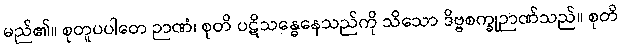
မည်၏။ စုတူပပါတေ ဉာဏံ၊ စုတိ ပဋိသန္ဓေနေသည်ကို သိသော ဒိဗ္ဗစက္ခုဉာဏ်သည်။ စုတိ